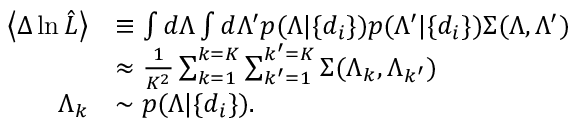
\begin{array} { r l } { \left\langle \Delta \ln \hat { \cal L } \right\rangle } & { \equiv \int d \Lambda \int d \Lambda ^ { \prime } p ( \Lambda | \{ d _ { i } \} ) p ( \Lambda ^ { \prime } | \{ d _ { i } \} ) \Sigma ( \Lambda , \Lambda ^ { \prime } ) } \\ & { \approx \frac { 1 } { K ^ { 2 } } \sum _ { k = 1 } ^ { k = K } \sum _ { k ^ { \prime } = 1 } ^ { k ^ { \prime } = K } \Sigma ( \Lambda _ { k } , \Lambda _ { k ^ { \prime } } ) } \\ { \Lambda _ { k } } & { \sim p ( \Lambda | \{ d _ { i } \} ) . } \end{array}